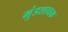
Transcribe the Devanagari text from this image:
मुंडशावक